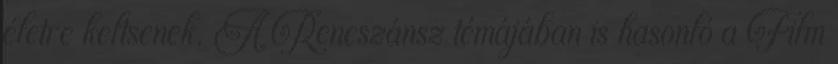
életre keltsenek. A Reneszánsz témájában is hasonló a Film